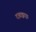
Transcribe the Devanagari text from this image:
दबाइए।